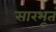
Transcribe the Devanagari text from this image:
सारभूतं